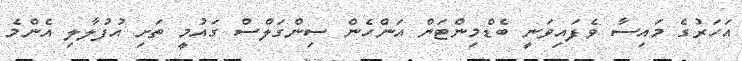
އަހަރުގެ މައިސާ ވެފައިވަނީ ބެޑްމިންޓަން އަންހެން ސިންގަލްސް ގައުމީ ތަށި އުފުލާލި އެންމެ